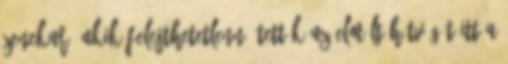
zenekar, akik felejthetetlenné tették az elmúlt hétvégét itt a